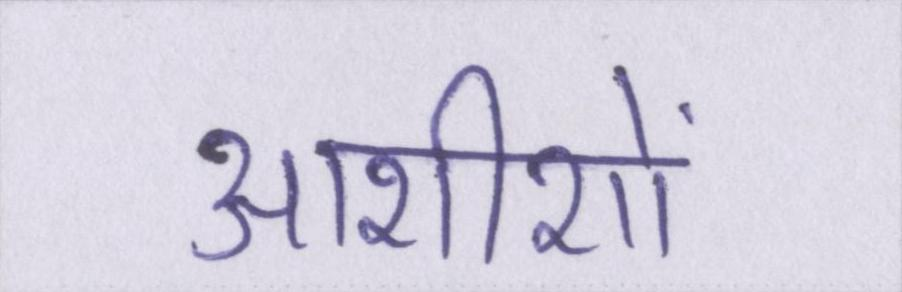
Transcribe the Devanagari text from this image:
आशीशों